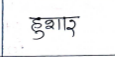
मजकूर: हुशार